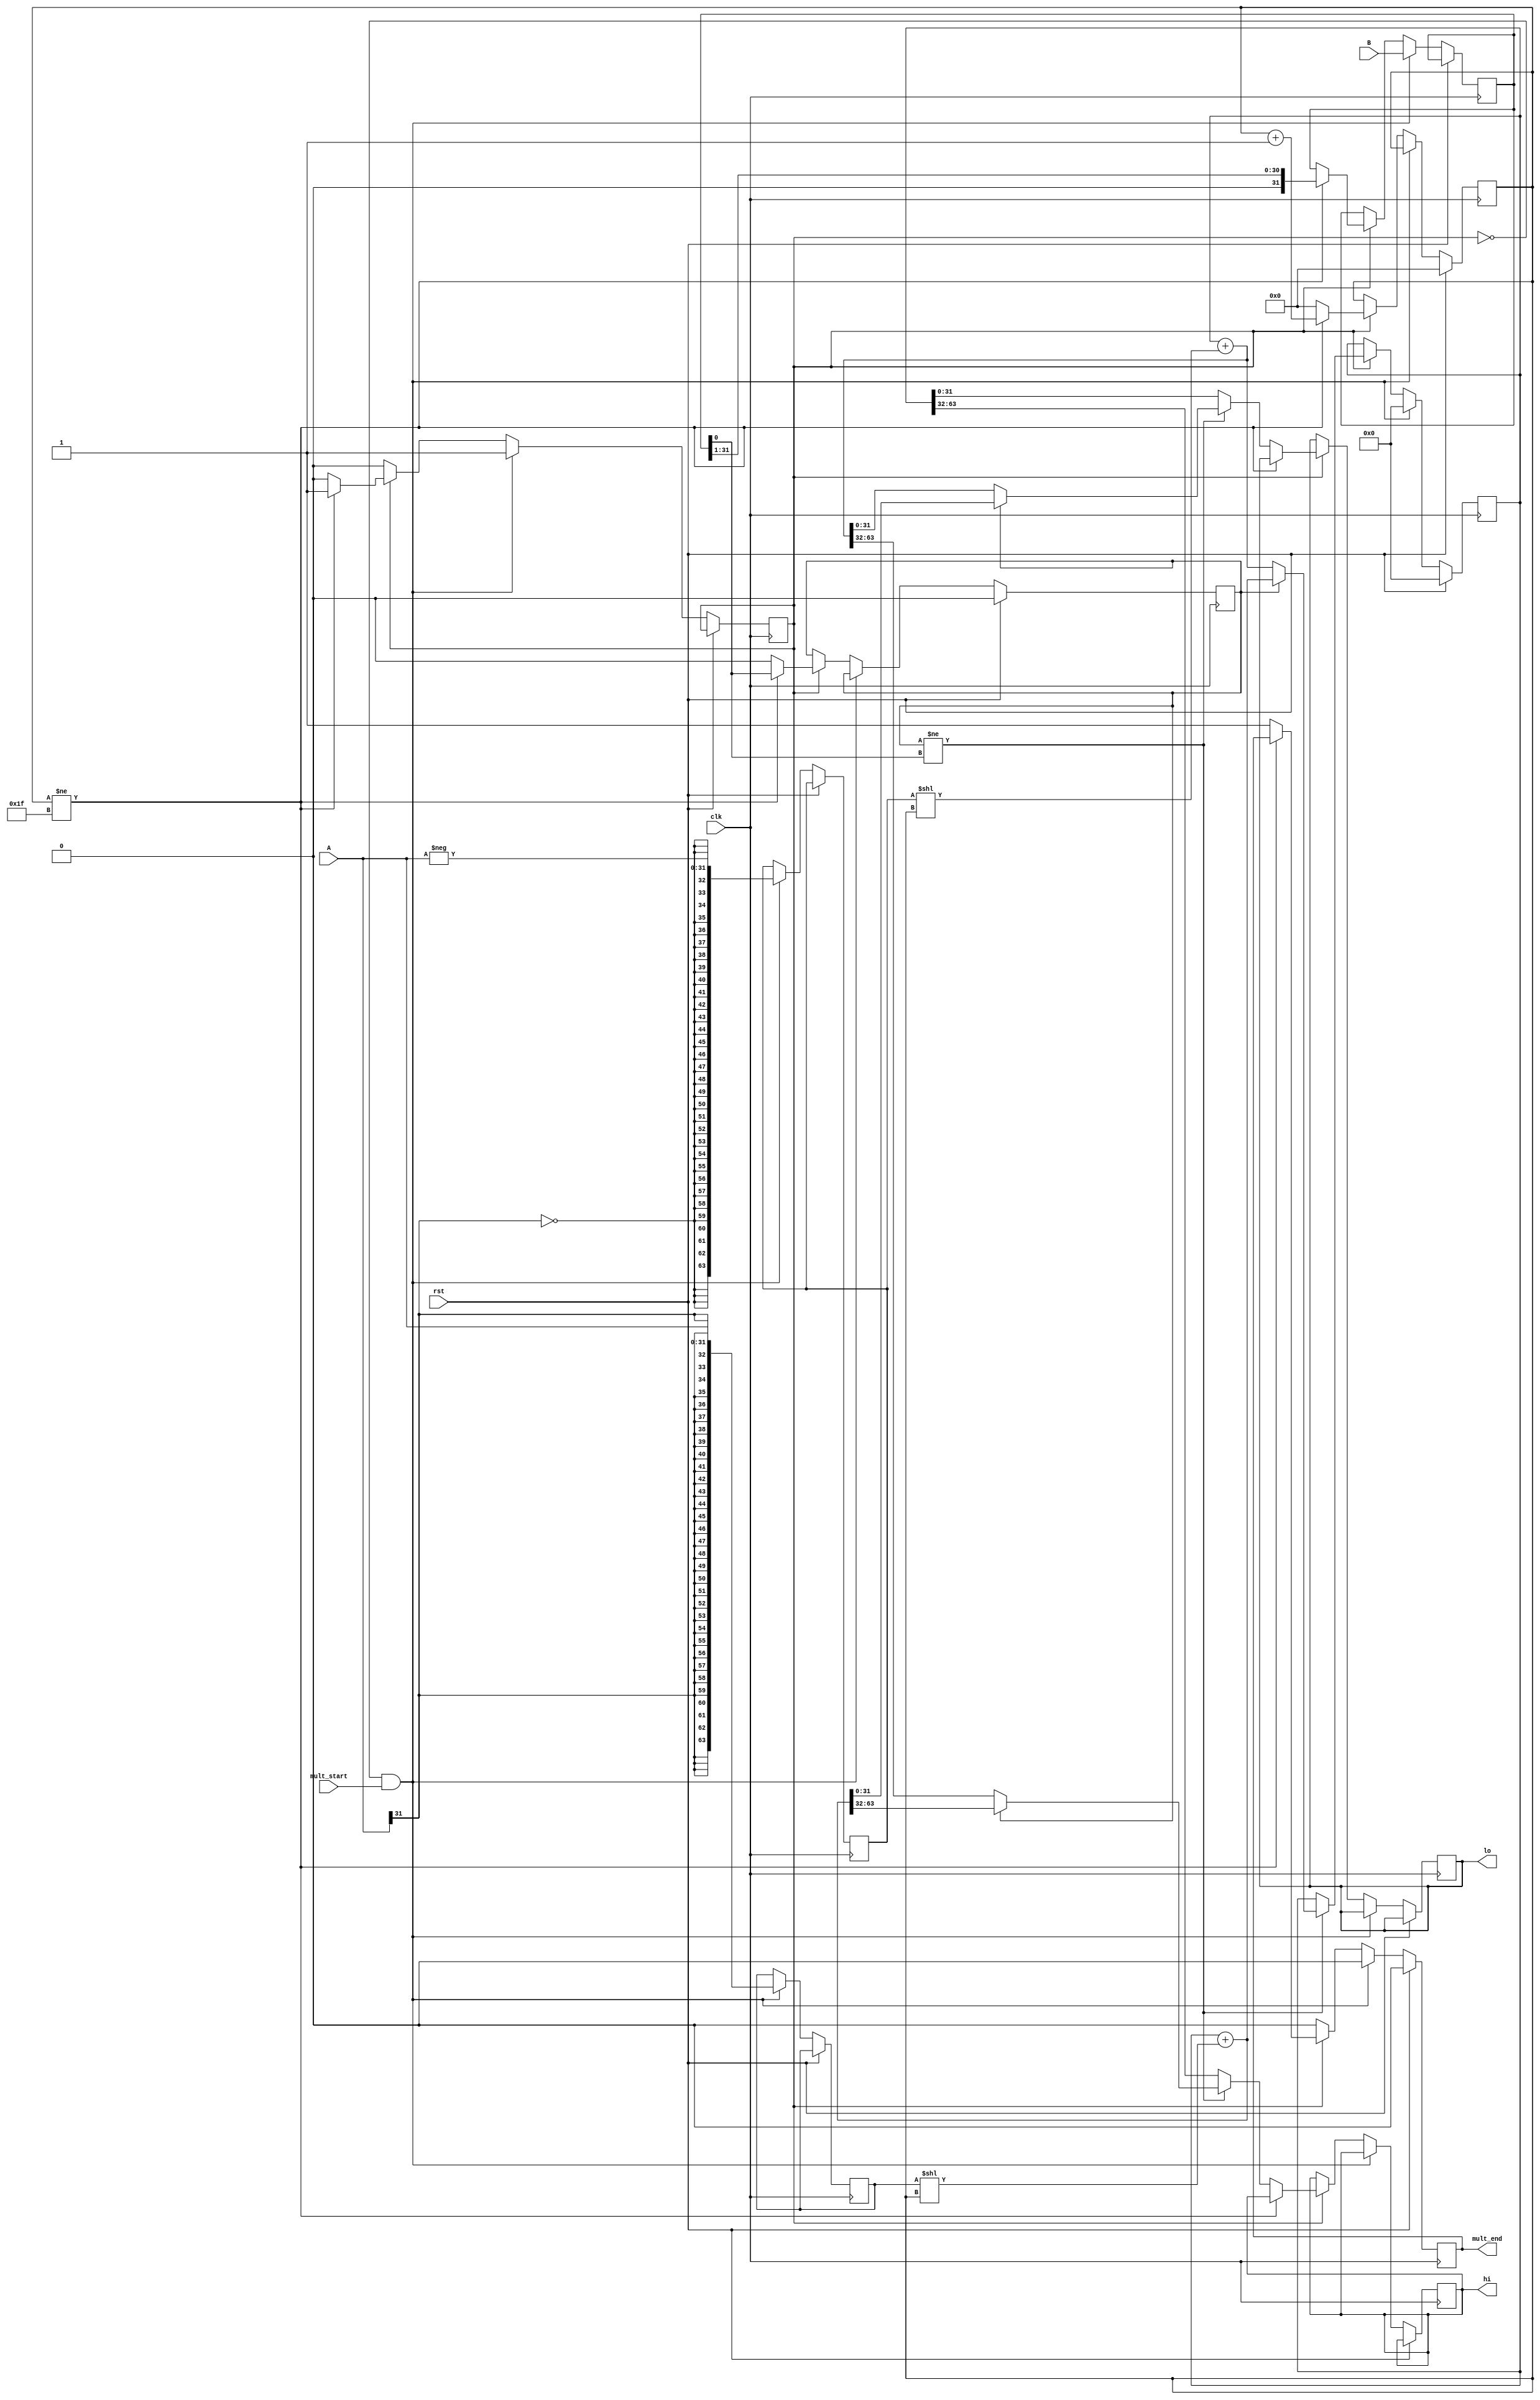
module mult(clk, rst, mult_start, mult_end, A, B, hi, lo);

input wire clk, rst, mult_start;
input wire signed [31:0] A, B;
output reg [31:0] hi, lo;
output reg mult_end;

// Helpers
reg signed [63:0] ADD, SUB, P;
reg [31:0] mult_control;
reg [4:0] N;
reg diff_bit, do_mult;

initial begin
	N <= 5'd0;
	diff_bit <= 0;
	do_mult <= 0;
	mult_end <= 0;
end

always @(posedge clk) begin
	if (rst) begin
		N <= 5'd0;
		P <= 64'd0;
		diff_bit <= 0;
		mult_end <= 1'b0;
	end
	else if (~do_mult && mult_start) begin

		ADD <= { {32{A[31]}}, {A[31:0]} };
		SUB <= { {32{~A[31]}}, {-A[31:0]} };
		mult_control <= B;
		P <=  64'b0;
		do_mult <= 1'b1;
		mult_end <= 1'b0;

	end
	else if (do_mult) begin
		if (N!=5'd31) begin
			if (diff_bit!=mult_control[0]) begin

				if (diff_bit) begin
					P <= P + (ADD<<N);
				end
				else begin
					P <= P + (SUB<<N);
				end
			end

			diff_bit <= mult_control[0];
			mult_control <= mult_control >> 1;
			N <= N + 5'b1;
		end
		else begin

			if (diff_bit!=mult_control[0]) begin

				if (diff_bit) begin
					{hi,lo} <= P + (ADD<<N);
					P <= P + (ADD<<N);
				end
				else begin
					{hi,lo} <= P + (SUB<<N);
					P <= P + (SUB<<N);
				end
			end
			else begin
				{hi,lo} <= P;
			end
			do_mult <= 1'b0;
			diff_bit <= 1'b0;
			mult_end <= 1'b1;
			N <= 5'b0;
		end
		
	end
	else begin
		mult_end <= 1'b0;
	end

end

endmodule